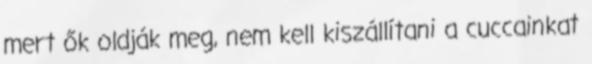
mert ők oldják meg, nem kell kiszállítani a cuccainkat